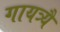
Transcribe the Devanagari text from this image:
गायत्र्यै